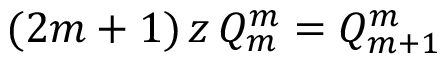
( 2 m + 1 ) \, z \, Q _ { m } ^ { m } = Q _ { m + 1 } ^ { m }